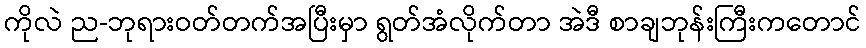
ကိုလဲ ည-ဘုရားဝတ်တက်အပြီးမှာ ရွတ်အံလိုက်တာ အဲဒီ စာချဘုန်းကြီးကတောင်